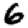
Digit: 6